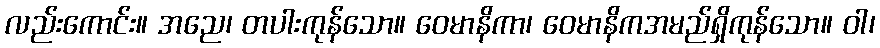
လည်းကောင်း။ အညေ၊ တပါးကုန်သော။ ဝေမာနိကာ၊ ဝေမာနိကအမည်ရှိကုန်သော။ ဝါ၊